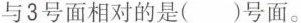
与3号面相对的是()号面。